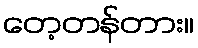
တေ့တန်တား။